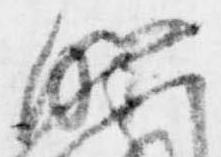
明